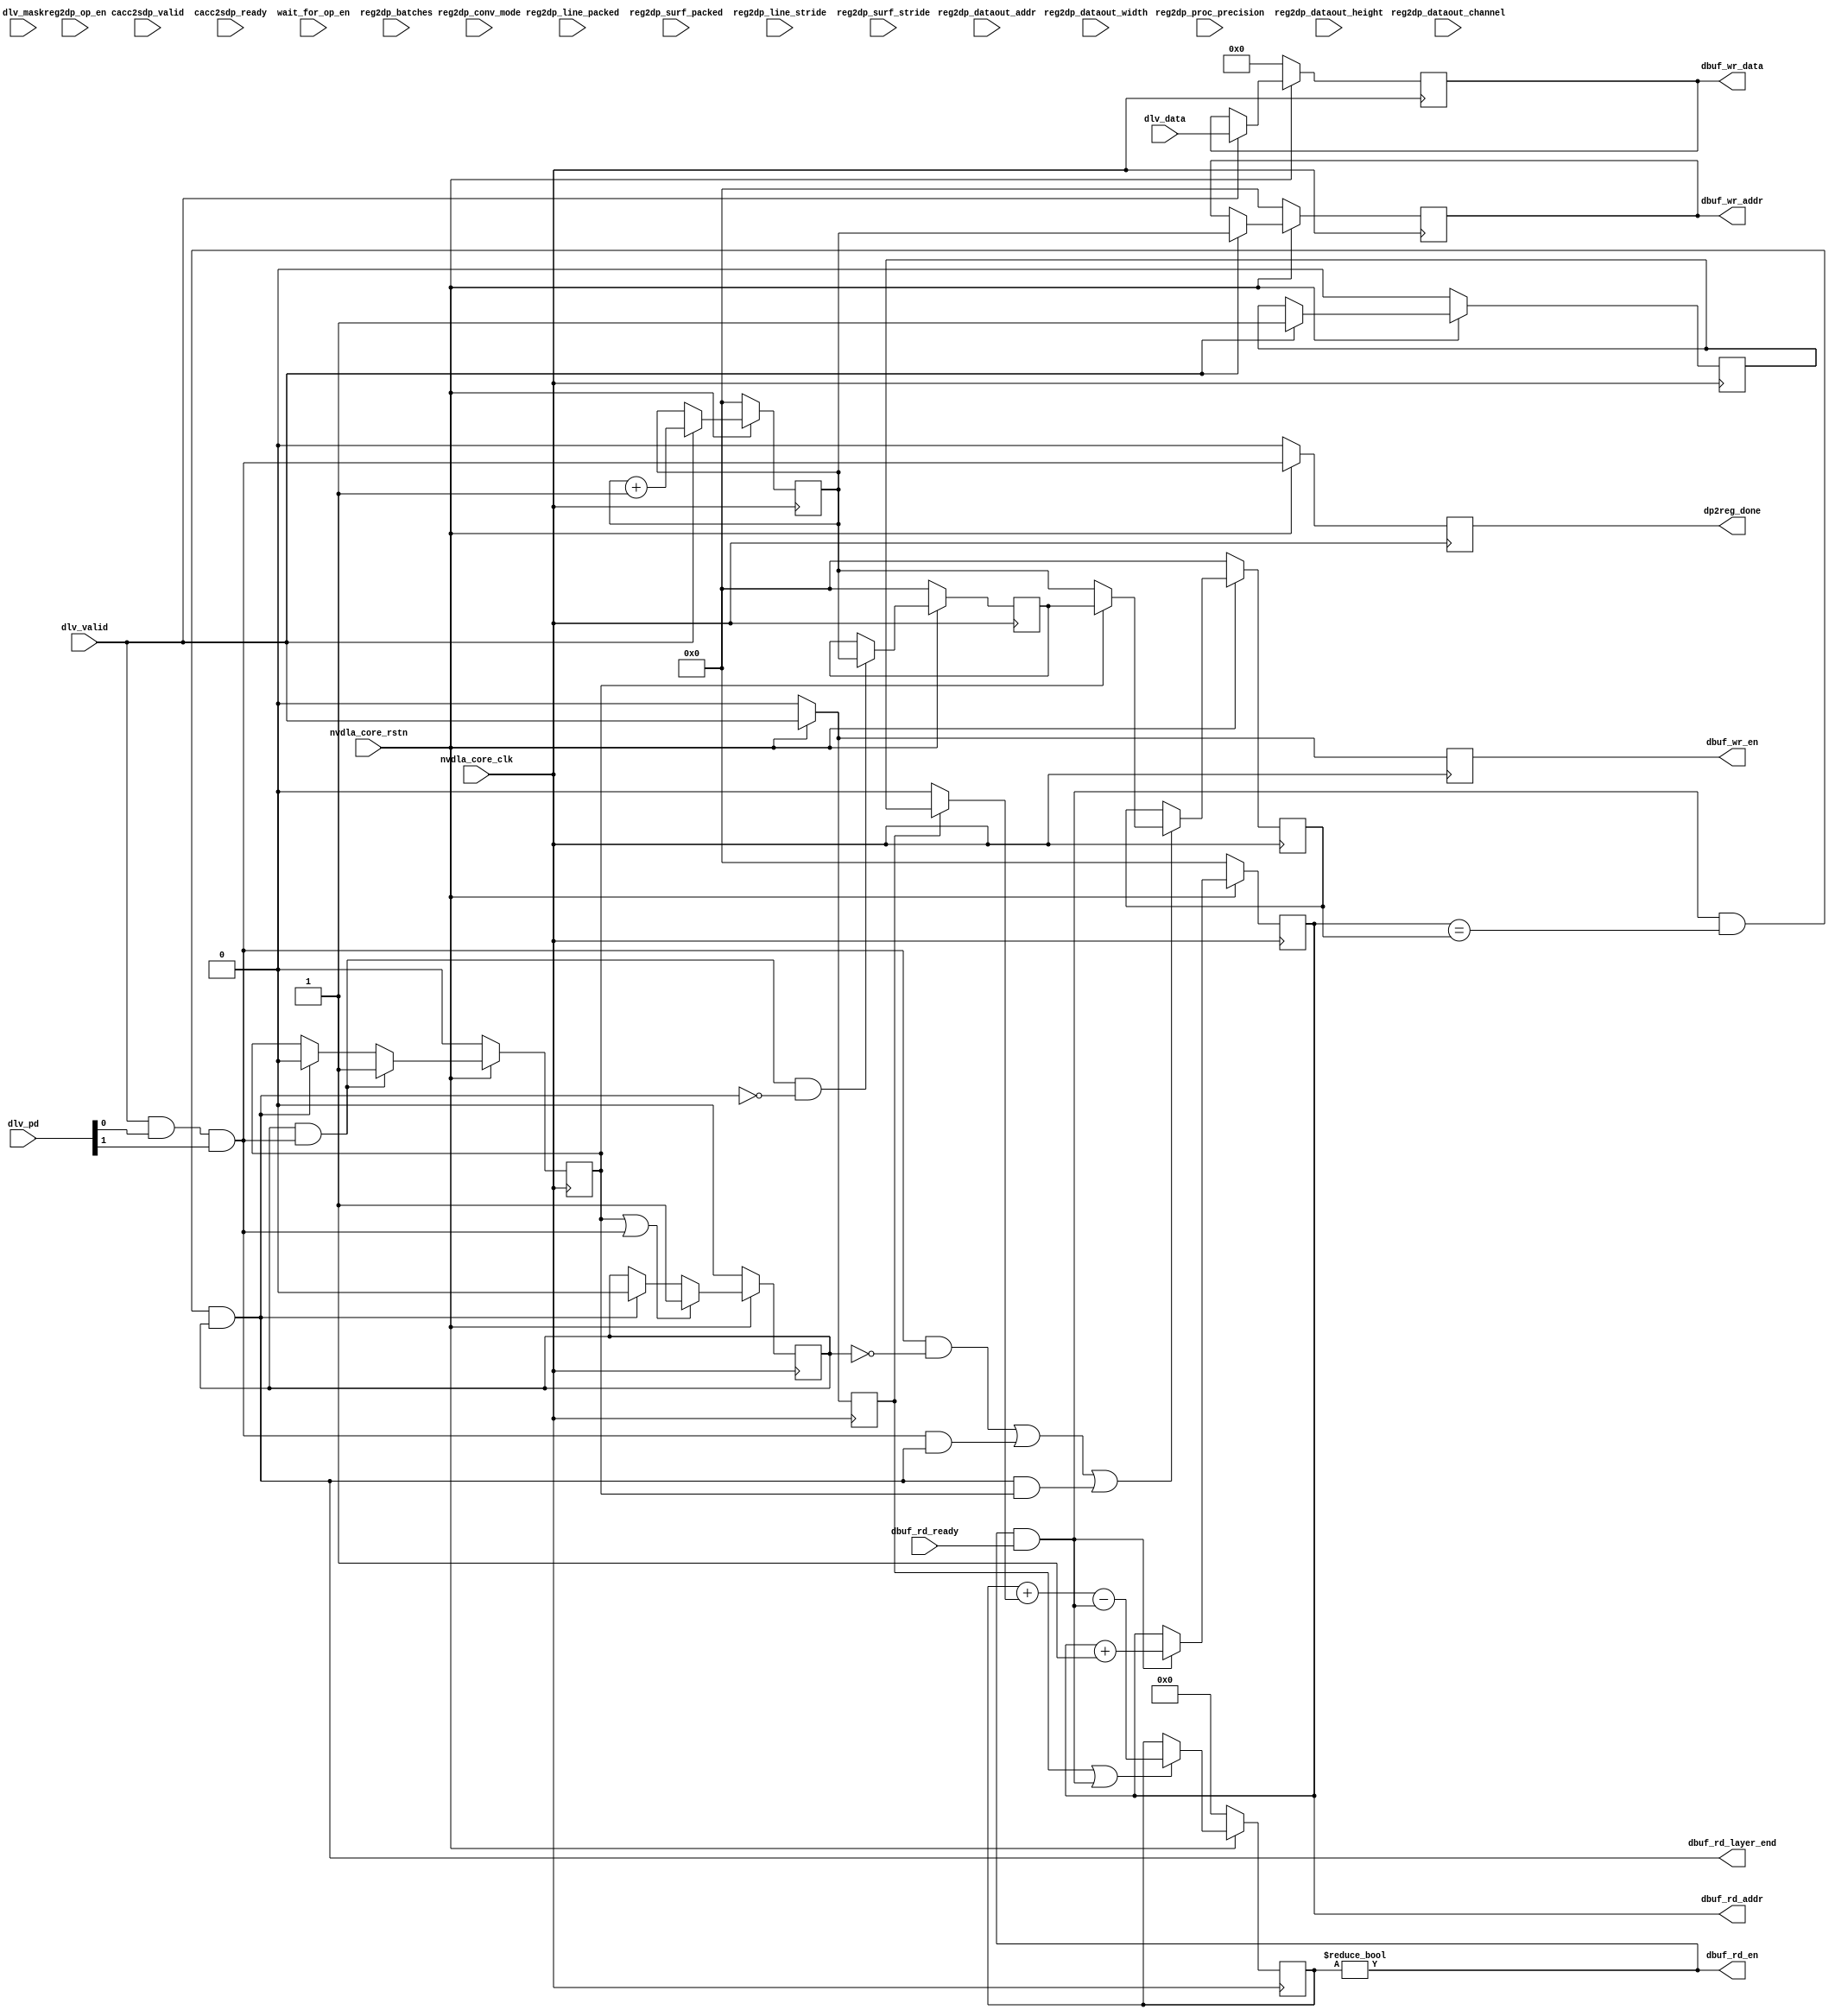
module NV_soDLA_CACC_delivery_ctrl_gate( // @[:@3.2]
  input           nvdla_core_clk, // @[:@6.4]
  input           nvdla_core_rstn, // @[:@6.4]

  input           cacc2sdp_valid, // add for check
  input           cacc2sdp_ready, // add for check

  input           dbuf_rd_ready, // @[:@6.4]
  output          dbuf_rd_en, // @[:@6.4]
  output [5:0]    dbuf_rd_addr, // @[:@6.4]
  output          dbuf_rd_layer_end, // @[:@6.4]
  output          dbuf_wr_en, // @[:@6.4]
  output [5:0]    dbuf_wr_addr, // @[:@6.4]
  output [1023:0] dbuf_wr_data, // @[:@6.4]
  output          dp2reg_done, // @[:@6.4]
  input  [1023:0] dlv_data, // @[:@6.4]
  input           dlv_mask, // @[:@6.4]
  input  [1:0]    dlv_pd, // @[:@6.4]
  input           dlv_valid, // @[:@6.4]
  input           wait_for_op_en, // @[:@6.4]
  input           reg2dp_op_en, // @[:@6.4]
  input           reg2dp_conv_mode, // @[:@6.4]
  input  [1:0]    reg2dp_proc_precision, // @[:@6.4]
  input  [12:0]   reg2dp_dataout_width, // @[:@6.4]
  input  [12:0]   reg2dp_dataout_height, // @[:@6.4]
  input  [12:0]   reg2dp_dataout_channel, // @[:@6.4]
  input  [26:0]   reg2dp_dataout_addr, // @[:@6.4]
  input           reg2dp_line_packed, // @[:@6.4]
  input           reg2dp_surf_packed, // @[:@6.4]
  input  [4:0]    reg2dp_batches, // @[:@6.4]
  input  [23:0]   reg2dp_line_stride, // @[:@6.4]
  input  [23:0]   reg2dp_surf_stride // @[:@6.4]
);
  wire  _T_60; // @[NV_soDLA_CACC_delivery_ctrl_gate.scala 70:38:@8.4]
  wire  dlv_stripe_end; // @[NV_soDLA_CACC_delivery_ctrl_gate.scala 75:31:@9.4]
  wire  dlv_layer_end; // @[NV_soDLA_CACC_delivery_ctrl_gate.scala 76:30:@10.4]
  reg [5:0] dbuf_wr_addr_pre; // @[NV_soDLA_CACC_delivery_ctrl_gate.scala 81:31:@11.4]
  reg [31:0] _RAND_0;
  reg [5:0] dbuf_wr_addr_out; // @[NV_soDLA_CACC_delivery_ctrl_gate.scala 82:31:@12.4]
  reg [31:0] _RAND_1;
  reg  dbuf_wr_en_out; // @[NV_soDLA_CACC_delivery_ctrl_gate.scala 83:29:@13.4]
  reg [31:0] _RAND_2;
  reg [1023:0] dbuf_wr_data_out; // @[NV_soDLA_CACC_delivery_ctrl_gate.scala 84:31:@14.4]
  reg [1023:0] _RAND_3;
  wire [6:0] _T_70; // @[NV_soDLA_CACC_delivery_ctrl_gate.scala 86:39:@15.4]
  wire [5:0] dbuf_wr_addr_w; // @[NV_soDLA_CACC_delivery_ctrl_gate.scala 86:39:@16.4]
  wire [5:0] _GEN_0; // @[NV_soDLA_CACC_delivery_ctrl_gate.scala 89:19:@18.4]
  wire [5:0] _GEN_1; // @[NV_soDLA_CACC_delivery_ctrl_gate.scala 89:19:@18.4]
  wire [1023:0] _GEN_2; // @[NV_soDLA_CACC_delivery_ctrl_gate.scala 89:19:@18.4]
  reg  dlv_data_add_valid; // @[NV_soDLA_CACC_delivery_ctrl_gate.scala 105:71:@27.4]
  reg [31:0] _RAND_4;
  reg  dlv_data_add_size; // @[NV_soDLA_CACC_delivery_ctrl_gate.scala 107:70:@29.4]
  reg [31:0] _RAND_5;
  wire  _GEN_3; // @[NV_soDLA_CACC_delivery_ctrl_gate.scala 114:30:@33.4]
  reg [63:0] dlv_data_avl; // @[NV_soDLA_CACC_delivery_ctrl_gate.scala 124:27:@37.4]
  reg [63:0] _RAND_6;
  wire  dlv_data_avl_add; // @[NV_soDLA_CACC_delivery_ctrl_gate.scala 126:27:@38.4]
  wire  dlv_pop; // @[NV_soDLA_CACC_delivery_ctrl_gate.scala 138:34:@50.4]
  wire [63:0] _GEN_8; // @[NV_soDLA_CACC_delivery_ctrl_gate.scala 129:35:@40.4]
  wire [64:0] _T_85; // @[NV_soDLA_CACC_delivery_ctrl_gate.scala 129:35:@40.4]
  wire [63:0] _T_86; // @[NV_soDLA_CACC_delivery_ctrl_gate.scala 129:35:@41.4]
  wire [63:0] _GEN_9; // @[NV_soDLA_CACC_delivery_ctrl_gate.scala 129:54:@42.4]
  wire [64:0] _T_87; // @[NV_soDLA_CACC_delivery_ctrl_gate.scala 129:54:@42.4]
  wire [64:0] _T_88; // @[NV_soDLA_CACC_delivery_ctrl_gate.scala 129:54:@43.4]
  wire [63:0] dlv_data_avl_w; // @[NV_soDLA_CACC_delivery_ctrl_gate.scala 129:54:@44.4]
  wire  _T_89; // @[NV_soDLA_CACC_delivery_ctrl_gate.scala 131:25:@45.4]
  wire [63:0] _GEN_4; // @[NV_soDLA_CACC_delivery_ctrl_gate.scala 131:46:@46.4]
  reg [5:0] dbuf_rd_addr_cnt; // @[NV_soDLA_CACC_delivery_ctrl_gate.scala 136:31:@49.4]
  reg [31:0] _RAND_7;
  wire [6:0] _T_94; // @[NV_soDLA_CACC_delivery_ctrl_gate.scala 139:45:@52.4]
  wire [5:0] dbuf_rd_addr_cnt_inc; // @[NV_soDLA_CACC_delivery_ctrl_gate.scala 139:45:@53.4]
  wire  _T_96; // @[NV_soDLA_CACC_delivery_ctrl_gate.scala 140:33:@54.4]
  wire  dbuf_empty; // @[NV_soDLA_CACC_delivery_ctrl_gate.scala 140:18:@55.4]
  wire [5:0] _GEN_5; // @[NV_soDLA_CACC_delivery_ctrl_gate.scala 144:14:@59.4]
  wire  _T_98; // @[NV_soDLA_CACC_delivery_ctrl_gate.scala 149:34:@62.4]
  wire  dp2reg_done_w; // @[NV_soDLA_CACC_delivery_ctrl_gate.scala 149:51:@63.4]
  reg  _T_101; // @[NV_soDLA_CACC_delivery_ctrl_gate.scala 150:26:@64.4]
  reg [31:0] _RAND_8;
  reg  dlv_end_tag0_vld; // @[NV_soDLA_CACC_delivery_ctrl_gate.scala 153:31:@67.4]
  reg [31:0] _RAND_9;
  reg  dlv_end_tag1_vld; // @[NV_soDLA_CACC_delivery_ctrl_gate.scala 154:31:@68.4]
  reg [31:0] _RAND_10;
  reg [5:0] dlv_end_tag0_addr; // @[NV_soDLA_CACC_delivery_ctrl_gate.scala 155:32:@69.4]
  reg [31:0] _RAND_11;
  reg [5:0] dlv_end_tag1_addr; // @[NV_soDLA_CACC_delivery_ctrl_gate.scala 156:32:@70.4]
  reg [31:0] _RAND_12;
  wire  _T_111; // @[NV_soDLA_CACC_delivery_ctrl_gate.scala 160:51:@73.4]
  wire  _T_112; // @[NV_soDLA_CACC_delivery_ctrl_gate.scala 160:27:@74.4]
  wire  dlv_end_clr; // @[NV_soDLA_CACC_delivery_ctrl_gate.scala 160:74:@75.4]
  wire  _T_113; // @[NV_soDLA_CACC_delivery_ctrl_gate.scala 161:47:@76.4]
  wire  _T_116; // @[NV_soDLA_CACC_delivery_ctrl_gate.scala 161:73:@77.4]
  wire  dlv_end_tag0_vld_w; // @[NV_soDLA_CACC_delivery_ctrl_gate.scala 161:29:@78.4]
  wire  _T_117; // @[NV_soDLA_CACC_delivery_ctrl_gate.scala 162:47:@79.4]
  wire  _T_120; // @[NV_soDLA_CACC_delivery_ctrl_gate.scala 162:73:@80.4]
  wire  dlv_end_tag1_vld_w; // @[NV_soDLA_CACC_delivery_ctrl_gate.scala 162:29:@81.4]
  wire  _T_121; // @[NV_soDLA_CACC_delivery_ctrl_gate.scala 163:38:@82.4]
  wire  _T_122; // @[NV_soDLA_CACC_delivery_ctrl_gate.scala 163:36:@83.4]
  wire  _T_123; // @[NV_soDLA_CACC_delivery_ctrl_gate.scala 163:72:@84.4]
  wire  _T_124; // @[NV_soDLA_CACC_delivery_ctrl_gate.scala 163:57:@85.4]
  wire  _T_125; // @[NV_soDLA_CACC_delivery_ctrl_gate.scala 163:101:@86.4]
  wire  dlv_end_tag0_en; // @[NV_soDLA_CACC_delivery_ctrl_gate.scala 163:87:@87.4]
  wire  _T_126; // @[NV_soDLA_CACC_delivery_ctrl_gate.scala 164:36:@88.4]
  wire  _T_127; // @[NV_soDLA_CACC_delivery_ctrl_gate.scala 164:57:@89.4]
  wire  dlv_end_tag1_en; // @[NV_soDLA_CACC_delivery_ctrl_gate.scala 164:55:@90.4]
  wire [5:0] dlv_end_tag0_addr_w; // @[NV_soDLA_CACC_delivery_ctrl_gate.scala 165:30:@91.4]
  wire [5:0] _GEN_6; // @[NV_soDLA_CACC_delivery_ctrl_gate.scala 171:22:@95.4]
  wire [5:0] _GEN_7; // @[NV_soDLA_CACC_delivery_ctrl_gate.scala 174:22:@98.4]
  assign _T_60 = nvdla_core_rstn == 1'h0; // @[NV_soDLA_CACC_delivery_ctrl_gate.scala 70:38:@8.4]
  assign dlv_stripe_end = dlv_pd[0]; // @[NV_soDLA_CACC_delivery_ctrl_gate.scala 75:31:@9.4]
  assign dlv_layer_end = dlv_pd[1]; // @[NV_soDLA_CACC_delivery_ctrl_gate.scala 76:30:@10.4]
  assign _T_70 = dbuf_wr_addr_pre + 6'h1; // @[NV_soDLA_CACC_delivery_ctrl_gate.scala 86:39:@15.4]
  assign dbuf_wr_addr_w = dbuf_wr_addr_pre + 6'h1; // @[NV_soDLA_CACC_delivery_ctrl_gate.scala 86:39:@16.4]
  assign _GEN_0 = dlv_valid ? dbuf_wr_addr_w : dbuf_wr_addr_pre; // @[NV_soDLA_CACC_delivery_ctrl_gate.scala 89:19:@18.4]
  assign _GEN_1 = dlv_valid ? dbuf_wr_addr_pre : dbuf_wr_addr_out; // @[NV_soDLA_CACC_delivery_ctrl_gate.scala 89:19:@18.4]
  assign _GEN_2 = dlv_valid ? dlv_data : dbuf_wr_data_out; // @[NV_soDLA_CACC_delivery_ctrl_gate.scala 89:19:@18.4]
  assign _GEN_3 = dlv_valid ? 1'h1 : dlv_data_add_size; // @[NV_soDLA_CACC_delivery_ctrl_gate.scala 114:30:@33.4]
  assign dlv_data_avl_add = dlv_data_add_valid ? dlv_data_add_size : 1'h0; // @[NV_soDLA_CACC_delivery_ctrl_gate.scala 126:27:@38.4]
  assign dlv_pop = dbuf_rd_en & dbuf_rd_ready; // @[NV_soDLA_CACC_delivery_ctrl_gate.scala 138:34:@50.4]
  assign _GEN_8 = {{63'd0}, dlv_data_avl_add}; // @[NV_soDLA_CACC_delivery_ctrl_gate.scala 129:35:@40.4]
  assign _T_85 = dlv_data_avl + _GEN_8; // @[NV_soDLA_CACC_delivery_ctrl_gate.scala 129:35:@40.4]
  assign _T_86 = dlv_data_avl + _GEN_8; // @[NV_soDLA_CACC_delivery_ctrl_gate.scala 129:35:@41.4]
  assign _GEN_9 = {{63'd0}, dlv_pop}; // @[NV_soDLA_CACC_delivery_ctrl_gate.scala 129:54:@42.4]
  assign _T_87 = _T_86 - _GEN_9; // @[NV_soDLA_CACC_delivery_ctrl_gate.scala 129:54:@42.4]
  assign _T_88 = $unsigned(_T_87); // @[NV_soDLA_CACC_delivery_ctrl_gate.scala 129:54:@43.4]
  assign dlv_data_avl_w = _T_88[63:0]; // @[NV_soDLA_CACC_delivery_ctrl_gate.scala 129:54:@44.4]
  assign _T_89 = dlv_data_add_valid | dlv_pop; // @[NV_soDLA_CACC_delivery_ctrl_gate.scala 131:25:@45.4]
  assign _GEN_4 = _T_89 ? dlv_data_avl_w : dlv_data_avl; // @[NV_soDLA_CACC_delivery_ctrl_gate.scala 131:46:@46.4]
  assign _T_94 = dbuf_rd_addr_cnt + 6'h1; // @[NV_soDLA_CACC_delivery_ctrl_gate.scala 139:45:@52.4]
  assign dbuf_rd_addr_cnt_inc = dbuf_rd_addr_cnt + 6'h1; // @[NV_soDLA_CACC_delivery_ctrl_gate.scala 139:45:@53.4]
  assign _T_96 = dlv_data_avl != 64'h0; // @[NV_soDLA_CACC_delivery_ctrl_gate.scala 140:33:@54.4]
  assign dbuf_empty = ~ _T_96; // @[NV_soDLA_CACC_delivery_ctrl_gate.scala 140:18:@55.4]
  assign _GEN_5 = dlv_pop ? dbuf_rd_addr_cnt_inc : dbuf_rd_addr_cnt; // @[NV_soDLA_CACC_delivery_ctrl_gate.scala 144:14:@59.4]
  assign _T_98 = dlv_valid & dlv_stripe_end; // @[NV_soDLA_CACC_delivery_ctrl_gate.scala 149:34:@62.4]
  assign dp2reg_done_w = _T_98 & dlv_layer_end; // @[NV_soDLA_CACC_delivery_ctrl_gate.scala 149:51:@63.4]
  assign _T_111 = dbuf_rd_addr == dlv_end_tag0_addr; // @[NV_soDLA_CACC_delivery_ctrl_gate.scala 160:51:@73.4]
  assign _T_112 = dlv_pop & _T_111; // @[NV_soDLA_CACC_delivery_ctrl_gate.scala 160:27:@74.4]
  assign dlv_end_clr = _T_112 & dlv_end_tag0_vld; // @[NV_soDLA_CACC_delivery_ctrl_gate.scala 160:74:@75.4]
  assign _T_113 = dlv_end_tag1_vld | dp2reg_done_w; // @[NV_soDLA_CACC_delivery_ctrl_gate.scala 161:47:@76.4]
  assign _T_116 = dlv_end_clr ? 1'h0 : dlv_end_tag0_vld; // @[NV_soDLA_CACC_delivery_ctrl_gate.scala 161:73:@77.4]
  assign dlv_end_tag0_vld_w = _T_113 ? 1'h1 : _T_116; // @[NV_soDLA_CACC_delivery_ctrl_gate.scala 161:29:@78.4]
  assign _T_117 = dlv_end_tag0_vld & dp2reg_done_w; // @[NV_soDLA_CACC_delivery_ctrl_gate.scala 162:47:@79.4]
  assign _T_120 = dlv_end_clr ? 1'h0 : dlv_end_tag1_vld; // @[NV_soDLA_CACC_delivery_ctrl_gate.scala 162:73:@80.4]
  assign dlv_end_tag1_vld_w = _T_117 ? 1'h1 : _T_120; // @[NV_soDLA_CACC_delivery_ctrl_gate.scala 162:29:@81.4]
  assign _T_121 = ~ dlv_end_tag0_vld; // @[NV_soDLA_CACC_delivery_ctrl_gate.scala 163:38:@82.4]
  assign _T_122 = dp2reg_done_w & _T_121; // @[NV_soDLA_CACC_delivery_ctrl_gate.scala 163:36:@83.4]
  assign _T_123 = dp2reg_done_w & dlv_end_clr; // @[NV_soDLA_CACC_delivery_ctrl_gate.scala 163:72:@84.4]
  assign _T_124 = _T_122 | _T_123; // @[NV_soDLA_CACC_delivery_ctrl_gate.scala 163:57:@85.4]
  assign _T_125 = dlv_end_clr & dlv_end_tag1_vld; // @[NV_soDLA_CACC_delivery_ctrl_gate.scala 163:101:@86.4]
  assign dlv_end_tag0_en = _T_124 | _T_125; // @[NV_soDLA_CACC_delivery_ctrl_gate.scala 163:87:@87.4]
  assign _T_126 = dp2reg_done_w & dlv_end_tag0_vld; // @[NV_soDLA_CACC_delivery_ctrl_gate.scala 164:36:@88.4]
  assign _T_127 = ~ dlv_end_clr; // @[NV_soDLA_CACC_delivery_ctrl_gate.scala 164:57:@89.4]
  assign dlv_end_tag1_en = _T_126 & _T_127; // @[NV_soDLA_CACC_delivery_ctrl_gate.scala 164:55:@90.4]
  assign dlv_end_tag0_addr_w = dlv_end_tag1_vld ? dlv_end_tag1_addr : dbuf_wr_addr_pre; // @[NV_soDLA_CACC_delivery_ctrl_gate.scala 165:30:@91.4]
  assign _GEN_6 = dlv_end_tag0_en ? dlv_end_tag0_addr_w : dlv_end_tag0_addr; // @[NV_soDLA_CACC_delivery_ctrl_gate.scala 171:22:@95.4]
  assign _GEN_7 = dlv_end_tag1_en ? dbuf_wr_addr_pre : dlv_end_tag1_addr; // @[NV_soDLA_CACC_delivery_ctrl_gate.scala 174:22:@98.4]
  assign dbuf_rd_en = ~ dbuf_empty; // @[NV_soDLA_CACC_delivery_ctrl_gate.scala 141:23:@57.4]
  assign dbuf_rd_addr = dbuf_rd_addr_cnt; // @[NV_soDLA_CACC_delivery_ctrl_gate.scala 142:22:@58.4]
  assign dbuf_rd_layer_end = _T_112 & dlv_end_tag0_vld; // @[NV_soDLA_CACC_delivery_ctrl_gate.scala 167:22:@92.4]
  assign dbuf_wr_en = dbuf_wr_en_out; // @[NV_soDLA_CACC_delivery_ctrl_gate.scala 95:23:@23.4]
  assign dbuf_wr_addr = dbuf_wr_addr_out; // @[NV_soDLA_CACC_delivery_ctrl_gate.scala 96:22:@24.4]
  assign dbuf_wr_data = dbuf_wr_data_out; // @[NV_soDLA_CACC_delivery_ctrl_gate.scala 97:17:@25.4]
  assign dp2reg_done = _T_101; // @[NV_soDLA_CACC_delivery_ctrl_gate.scala 150:16:@66.4]
`ifdef RANDOMIZE_GARBAGE_ASSIGN
`define RANDOMIZE
`endif
`ifdef RANDOMIZE_INVALID_ASSIGN
`define RANDOMIZE
`endif
`ifdef RANDOMIZE_REG_INIT
`define RANDOMIZE
`endif
`ifdef RANDOMIZE_MEM_INIT
`define RANDOMIZE
`endif
`ifndef RANDOM
`define RANDOM $random
`endif
`ifdef RANDOMIZE
  integer initvar;
  initial begin
    `ifdef INIT_RANDOM
      `INIT_RANDOM
    `endif
    `ifndef VERILATOR
      #0.002 begin end
    `endif
  `ifdef RANDOMIZE_REG_INIT
  _RAND_0 = {1{`RANDOM}};
  dbuf_wr_addr_pre = _RAND_0[5:0];
  `endif // RANDOMIZE_REG_INIT
  `ifdef RANDOMIZE_REG_INIT
  _RAND_1 = {1{`RANDOM}};
  dbuf_wr_addr_out = _RAND_1[5:0];
  `endif // RANDOMIZE_REG_INIT
  `ifdef RANDOMIZE_REG_INIT
  _RAND_2 = {1{`RANDOM}};
  dbuf_wr_en_out = _RAND_2[0:0];
  `endif // RANDOMIZE_REG_INIT
  `ifdef RANDOMIZE_REG_INIT
  _RAND_3 = {32{`RANDOM}};
  dbuf_wr_data_out = _RAND_3[1023:0];
  `endif // RANDOMIZE_REG_INIT
  `ifdef RANDOMIZE_REG_INIT
  _RAND_4 = {1{`RANDOM}};
  dlv_data_add_valid = _RAND_4[0:0];
  `endif // RANDOMIZE_REG_INIT
  `ifdef RANDOMIZE_REG_INIT
  _RAND_5 = {1{`RANDOM}};
  dlv_data_add_size = _RAND_5[0:0];
  `endif // RANDOMIZE_REG_INIT
  `ifdef RANDOMIZE_REG_INIT
  _RAND_6 = {2{`RANDOM}};
  dlv_data_avl = _RAND_6[63:0];
  `endif // RANDOMIZE_REG_INIT
  `ifdef RANDOMIZE_REG_INIT
  _RAND_7 = {1{`RANDOM}};
  dbuf_rd_addr_cnt = _RAND_7[5:0];
  `endif // RANDOMIZE_REG_INIT
  `ifdef RANDOMIZE_REG_INIT
  _RAND_8 = {1{`RANDOM}};
  _T_101 = _RAND_8[0:0];
  `endif // RANDOMIZE_REG_INIT
  `ifdef RANDOMIZE_REG_INIT
  _RAND_9 = {1{`RANDOM}};
  dlv_end_tag0_vld = _RAND_9[0:0];
  `endif // RANDOMIZE_REG_INIT
  `ifdef RANDOMIZE_REG_INIT
  _RAND_10 = {1{`RANDOM}};
  dlv_end_tag1_vld = _RAND_10[0:0];
  `endif // RANDOMIZE_REG_INIT
  `ifdef RANDOMIZE_REG_INIT
  _RAND_11 = {1{`RANDOM}};
  dlv_end_tag0_addr = _RAND_11[5:0];
  `endif // RANDOMIZE_REG_INIT
  `ifdef RANDOMIZE_REG_INIT
  _RAND_12 = {1{`RANDOM}};
  dlv_end_tag1_addr = _RAND_12[5:0];
  `endif // RANDOMIZE_REG_INIT
  end
`endif // RANDOMIZE
  always @(posedge nvdla_core_clk) begin
    if (_T_60) begin
      dbuf_wr_addr_pre <= 6'h0;
    end else begin
      if (dlv_valid) begin
        dbuf_wr_addr_pre <= dbuf_wr_addr_w;
      end
    end
    if (_T_60) begin
      dbuf_wr_addr_out <= 6'h0;
    end else begin
      if (dlv_valid) begin
        dbuf_wr_addr_out <= dbuf_wr_addr_pre;
      end
    end
    if (_T_60) begin
      dbuf_wr_en_out <= 1'h0;
    end else begin
      dbuf_wr_en_out <= dlv_valid;
    end
    if (_T_60) begin
      dbuf_wr_data_out <= 1024'h0;
    end else begin
      if (dlv_valid) begin
        dbuf_wr_data_out <= dlv_data;
      end
    end
    if (_T_60) begin
      dlv_data_add_valid <= 1'h0;
    end else begin
      dlv_data_add_valid <= dlv_valid;
    end
    if (_T_60) begin
      dlv_data_add_size <= 1'h0;
    end else begin
      if (dlv_valid) begin
        dlv_data_add_size <= 1'h1;
      end
    end
    if (_T_60) begin
      dlv_data_avl <= 64'h0;
    end else begin
      if (_T_89) begin
        dlv_data_avl <= dlv_data_avl_w;
      end
    end
    if (_T_60) begin
      dbuf_rd_addr_cnt <= 6'h0;
    end else begin
      if (dlv_pop) begin
        dbuf_rd_addr_cnt <= dbuf_rd_addr_cnt_inc;
      end
    end
    if (_T_60) begin
      _T_101 <= 1'h0;
    end else begin
      _T_101 <= dp2reg_done_w;
    end
    if (_T_60) begin
      dlv_end_tag0_vld <= 1'h0;
    end else begin
      if (_T_113) begin
        dlv_end_tag0_vld <= 1'h1;
      end else begin
        if (dlv_end_clr) begin
          dlv_end_tag0_vld <= 1'h0;
        end
      end
    end
    if (_T_60) begin
      dlv_end_tag1_vld <= 1'h0;
    end else begin
      if (_T_117) begin
        dlv_end_tag1_vld <= 1'h1;
      end else begin
        if (dlv_end_clr) begin
          dlv_end_tag1_vld <= 1'h0;
        end
      end
    end
    if (_T_60) begin
      dlv_end_tag0_addr <= 6'h0;
    end else begin
      if (dlv_end_tag0_en) begin
        if (dlv_end_tag1_vld) begin
          dlv_end_tag0_addr <= dlv_end_tag1_addr;
        end else begin
          dlv_end_tag0_addr <= dbuf_wr_addr_pre;
        end
      end
    end
    if (_T_60) begin
      dlv_end_tag1_addr <= 6'h0;
    end else begin
      if (dlv_end_tag1_en) begin
        dlv_end_tag1_addr <= dbuf_wr_addr_pre;
      end
    end
  end
endmodule


// ================================================================
// NVDLA Open Source Project
//
// Copyright(c) 2016 - 2017 NVIDIA Corporation. Licensed under the
// NVDLA Open Hardware License; Check "LICENSE" which comes with
// this distribution for more information.
// ================================================================
// ================================================================
// NVDLA Open Source Project
// 
// Copyright(c) 2016 - 2017 NVIDIA Corporation.  Licensed under the
// NVDLA Open Hardware License; Check "LICENSE" which comes with 
// this distribution for more information.
// ================================================================
module NV_NVDLA_CACC_delivery_ctrl (
   nvdla_core_clk
  ,nvdla_core_rstn
  ,cacc2sdp_ready
  ,cacc2sdp_valid
  ,dbuf_rd_ready
  ,dlv_data
  ,dlv_mask
  ,dlv_pd
  ,dlv_valid
  ,reg2dp_batches
  ,reg2dp_conv_mode
  ,reg2dp_dataout_addr
  ,reg2dp_dataout_channel
  ,reg2dp_dataout_height
  ,reg2dp_dataout_width
  ,reg2dp_line_packed
  ,reg2dp_line_stride
  ,reg2dp_op_en
  ,reg2dp_proc_precision
  ,reg2dp_surf_packed
  ,reg2dp_surf_stride
  ,wait_for_op_en
  ,dbuf_rd_addr
  ,dbuf_rd_en
  ,dbuf_rd_layer_end
  ,dbuf_wr_addr
  ,dbuf_wr_data
  ,dbuf_wr_en
  ,dp2reg_done
  );
input [0:0] reg2dp_op_en;
input [0:0] reg2dp_conv_mode;
input [1:0] reg2dp_proc_precision;
input [12:0] reg2dp_dataout_width;
input [12:0] reg2dp_dataout_height;
input [12:0] reg2dp_dataout_channel;
input [31-5:0] reg2dp_dataout_addr;
input [0:0] reg2dp_line_packed;
input [0:0] reg2dp_surf_packed;
input [4:0] reg2dp_batches;
input [23:0] reg2dp_line_stride;
input [23:0] reg2dp_surf_stride;
input nvdla_core_clk;
input nvdla_core_rstn;
input cacc2sdp_ready;
input cacc2sdp_valid;
input dbuf_rd_ready;
input[32*32 -1:0] dlv_data;
input dlv_mask;
input [1:0] dlv_pd;
input dlv_valid;
input wait_for_op_en;
output [5 +1 -1:0] dbuf_rd_addr;
output dbuf_rd_en;
output dbuf_rd_layer_end;
output [5 +1 -1:0] dbuf_wr_addr;
output [32*32 -1:0] dbuf_wr_data;
output dbuf_wr_en;
output dp2reg_done;
// spyglass disable_block NoWidthInBasedNum-ML
// spyglass disable_block STARC-2.10.1.6
//////////////////////////////////////////////////////////////
///// parse input status signal                          /////
//////////////////////////////////////////////////////////////
wire dlv_stripe_end = dlv_pd[0];
wire dlv_layer_end = dlv_pd[1];
//////////////////////////////////////////////////////////////
///// register input signal from regfile                 /////
//////////////////////////////////////////////////////////////
wire [12 -6:0] cur_channel_w = {reg2dp_dataout_channel[12 -1:5]} ;
//: my $kk = 12 -5;
//: my $aw = 32-5;
//: &eperl::flop(" -q  cur_op_en  -en wait_for_op_en & \"reg2dp_op_en\" -d  \"reg2dp_op_en\" -clk nvdla_core_clk -rst nvdla_core_rstn -rval 0");
//: &eperl::flop(" -q  cur_conv_mode  -en \"wait_for_op_en & reg2dp_op_en\" -d  \"reg2dp_conv_mode\" -clk nvdla_core_clk -rst nvdla_core_rstn -rval 0");
//: &eperl::flop("-wid 2 -q  cur_proc_precision  -en \"wait_for_op_en & reg2dp_op_en\" -d  \"reg2dp_proc_precision\" -clk nvdla_core_clk -rst nvdla_core_rstn -rval 0");
//: &eperl::flop("-wid 13 -q  cur_width  -en \"wait_for_op_en & reg2dp_op_en\" -d  \"reg2dp_dataout_width\" -clk nvdla_core_clk -rst nvdla_core_rstn -rval 0");
//: &eperl::flop("-wid 13 -q  cur_height  -en \"wait_for_op_en & reg2dp_op_en\" -d  \"reg2dp_dataout_height\" -clk nvdla_core_clk -rst nvdla_core_rstn -rval 0");
//: &eperl::flop("-wid ${kk} -q  cur_channel  -en \"wait_for_op_en & reg2dp_op_en\" -d  \"cur_channel_w\" -clk nvdla_core_clk -rst nvdla_core_rstn -rval 0");
//: &eperl::flop("-wid $aw -q  cur_dataout_addr  -en \"wait_for_op_en & reg2dp_op_en\" -d  \"reg2dp_dataout_addr\" -clk nvdla_core_clk -rst nvdla_core_rstn -rval 0");
//: &eperl::flop("-wid 5 -q  cur_batches  -en \"wait_for_op_en & reg2dp_op_en\" -d  \"reg2dp_batches\" -clk nvdla_core_clk -rst nvdla_core_rstn -rval 0");
//: &eperl::flop("-wid 24 -q  cur_line_stride  -en \"wait_for_op_en & reg2dp_op_en\" -d  \"reg2dp_line_stride\" -clk nvdla_core_clk -rst nvdla_core_rstn -rval 0");
//: &eperl::flop("-wid 24 -q  cur_surf_stride  -en \"wait_for_op_en & reg2dp_op_en\" -d  \"reg2dp_surf_stride\" -clk nvdla_core_clk -rst nvdla_core_rstn -rval 0");
//: &eperl::flop(" -q  cur_line_packed  -en \"wait_for_op_en & reg2dp_op_en\" -d  \"reg2dp_line_packed\" -clk nvdla_core_clk -rst nvdla_core_rstn -rval 0");
//: &eperl::flop(" -q  cur_surf_packed  -en \"wait_for_op_en & reg2dp_op_en\" -d  \"reg2dp_surf_packed\" -clk nvdla_core_clk -rst nvdla_core_rstn -rval 0");
//| eperl: generated_beg (DO NOT EDIT BELOW)
reg  cur_op_en;
always @(posedge nvdla_core_clk) begin
   if (!nvdla_core_rstn) begin
       cur_op_en <= 'b0;
   end else begin
       if ((wait_for_op_en) == 1'b1) begin
           cur_op_en <= reg2dp_op_en;
       // VCS coverage off
       end else if ((wait_for_op_en) == 1'b0) begin
       end else begin
           cur_op_en <= 'bx;
       // VCS coverage on
       end
   end
end
reg  cur_conv_mode;
always @(posedge nvdla_core_clk) begin
   if (!nvdla_core_rstn) begin
       cur_conv_mode <= 'b0;
   end else begin
       if ((wait_for_op_en & reg2dp_op_en) == 1'b1) begin
           cur_conv_mode <= reg2dp_conv_mode;
       // VCS coverage off
       end else if ((wait_for_op_en & reg2dp_op_en) == 1'b0) begin
       end else begin
           cur_conv_mode <= 'bx;
       // VCS coverage on
       end
   end
end
reg [1:0] cur_proc_precision;
always @(posedge nvdla_core_clk) begin
   if (!nvdla_core_rstn) begin
       cur_proc_precision <= 'b0;
   end else begin
       if ((wait_for_op_en & reg2dp_op_en) == 1'b1) begin
           cur_proc_precision <= reg2dp_proc_precision;
       // VCS coverage off
       end else if ((wait_for_op_en & reg2dp_op_en) == 1'b0) begin
       end else begin
           cur_proc_precision <= 'bx;
       // VCS coverage on
       end
   end
end
reg [12:0] cur_width;
always @(posedge nvdla_core_clk) begin
   if (!nvdla_core_rstn) begin
       cur_width <= 'b0;
   end else begin
       if ((wait_for_op_en & reg2dp_op_en) == 1'b1) begin
           cur_width <= reg2dp_dataout_width;
       // VCS coverage off
       end else if ((wait_for_op_en & reg2dp_op_en) == 1'b0) begin
       end else begin
           cur_width <= 'bx;
       // VCS coverage on
       end
   end
end
reg [12:0] cur_height;
always @(posedge nvdla_core_clk) begin
   if (!nvdla_core_rstn) begin
       cur_height <= 'b0;
   end else begin
       if ((wait_for_op_en & reg2dp_op_en) == 1'b1) begin
           cur_height <= reg2dp_dataout_height;
       // VCS coverage off
       end else if ((wait_for_op_en & reg2dp_op_en) == 1'b0) begin
       end else begin
           cur_height <= 'bx;
       // VCS coverage on
       end
   end
end
reg [6:0] cur_channel;
always @(posedge nvdla_core_clk) begin
   if (!nvdla_core_rstn) begin
       cur_channel <= 'b0;
   end else begin
       if ((wait_for_op_en & reg2dp_op_en) == 1'b1) begin
           cur_channel <= cur_channel_w;
       // VCS coverage off
       end else if ((wait_for_op_en & reg2dp_op_en) == 1'b0) begin
       end else begin
           cur_channel <= 'bx;
       // VCS coverage on
       end
   end
end
reg [26:0] cur_dataout_addr;
always @(posedge nvdla_core_clk) begin
   if (!nvdla_core_rstn) begin
       cur_dataout_addr <= 'b0;
   end else begin
       if ((wait_for_op_en & reg2dp_op_en) == 1'b1) begin
           cur_dataout_addr <= reg2dp_dataout_addr;
       // VCS coverage off
       end else if ((wait_for_op_en & reg2dp_op_en) == 1'b0) begin
       end else begin
           cur_dataout_addr <= 'bx;
       // VCS coverage on
       end
   end
end
reg [4:0] cur_batches;
always @(posedge nvdla_core_clk) begin
   if (!nvdla_core_rstn) begin
       cur_batches <= 'b0;
   end else begin
       if ((wait_for_op_en & reg2dp_op_en) == 1'b1) begin
           cur_batches <= reg2dp_batches;
       // VCS coverage off
       end else if ((wait_for_op_en & reg2dp_op_en) == 1'b0) begin
       end else begin
           cur_batches <= 'bx;
       // VCS coverage on
       end
   end
end
reg [23:0] cur_line_stride;
always @(posedge nvdla_core_clk) begin
   if (!nvdla_core_rstn) begin
       cur_line_stride <= 'b0;
   end else begin
       if ((wait_for_op_en & reg2dp_op_en) == 1'b1) begin
           cur_line_stride <= reg2dp_line_stride;
       // VCS coverage off
       end else if ((wait_for_op_en & reg2dp_op_en) == 1'b0) begin
       end else begin
           cur_line_stride <= 'bx;
       // VCS coverage on
       end
   end
end
reg [23:0] cur_surf_stride;
always @(posedge nvdla_core_clk) begin
   if (!nvdla_core_rstn) begin
       cur_surf_stride <= 'b0;
   end else begin
       if ((wait_for_op_en & reg2dp_op_en) == 1'b1) begin
           cur_surf_stride <= reg2dp_surf_stride;
       // VCS coverage off
       end else if ((wait_for_op_en & reg2dp_op_en) == 1'b0) begin
       end else begin
           cur_surf_stride <= 'bx;
       // VCS coverage on
       end
   end
end
reg  cur_line_packed;
always @(posedge nvdla_core_clk) begin
   if (!nvdla_core_rstn) begin
       cur_line_packed <= 'b0;
   end else begin
       if ((wait_for_op_en & reg2dp_op_en) == 1'b1) begin
           cur_line_packed <= reg2dp_line_packed;
       // VCS coverage off
       end else if ((wait_for_op_en & reg2dp_op_en) == 1'b0) begin
       end else begin
           cur_line_packed <= 'bx;
       // VCS coverage on
       end
   end
end
reg  cur_surf_packed;
always @(posedge nvdla_core_clk) begin
   if (!nvdla_core_rstn) begin
       cur_surf_packed <= 'b0;
   end else begin
       if ((wait_for_op_en & reg2dp_op_en) == 1'b1) begin
           cur_surf_packed <= reg2dp_surf_packed;
       // VCS coverage off
       end else if ((wait_for_op_en & reg2dp_op_en) == 1'b0) begin
       end else begin
           cur_surf_packed <= 'bx;
       // VCS coverage on
       end
   end
end

//| eperl: generated_end (DO NOT EDIT ABOVE)
//////////////////////////////////////////////////////////////
///// generate current status signals                    /////
//////////////////////////////////////////////////////////////
wire is_int8_w = (reg2dp_proc_precision == 2'h0);
wire is_int8 = (cur_proc_precision == 2'h0);
wire is_winograd = 1'b0;
//////////////////////////////////////////////////////////////
///// generate write signal, 1 pipe for write data
//////////////////////////////////////////////////////////////
wire dbuf_wr_en_w = dlv_valid;
wire [32*32 -1:0] dbuf_wr_data_w = dlv_data;
reg [5 +1 -1:0] dbuf_wr_addr_pre;
reg [5 +1 -1:0] dbuf_wr_addr;
wire [5 +1 -1:0] dbuf_wr_addr_w;
wire mon_dbuf_wr_addr_w;
assign {mon_dbuf_wr_addr_w, dbuf_wr_addr_w} = dbuf_wr_addr_pre + 1'b1;
//: my $kk=32*32;
//: &eperl::flop("-nodeclare -q  dbuf_wr_addr_pre  -en \"dlv_valid\" -d  \"dbuf_wr_addr_w\" -clk nvdla_core_clk -rst nvdla_core_rstn -rval 0");
//: &eperl::flop("-nodeclare -q  dbuf_wr_addr  -en \"dlv_valid\" -d  \"dbuf_wr_addr_pre\" -clk nvdla_core_clk -rst nvdla_core_rstn -rval 0");
//: &eperl::flop(" -q  dbuf_wr_en -d  \"dbuf_wr_en_w\" -clk nvdla_core_clk -rst nvdla_core_rstn -rval 0");
//: &eperl::flop("-wid ${kk} -q  dbuf_wr_data  -en \"dbuf_wr_en_w\" -d  \"dbuf_wr_data_w\" -clk nvdla_core_clk -rst nvdla_core_rstn");
//| eperl: generated_beg (DO NOT EDIT BELOW)
always @(posedge nvdla_core_clk) begin
   if (!nvdla_core_rstn) begin
       dbuf_wr_addr_pre <= 'b0;
   end else begin
       if ((dlv_valid) == 1'b1) begin
           dbuf_wr_addr_pre <= dbuf_wr_addr_w;
       // VCS coverage off
       end else if ((dlv_valid) == 1'b0) begin
       end else begin
           dbuf_wr_addr_pre <= 'bx;
       // VCS coverage on
       end
   end
end
always @(posedge nvdla_core_clk) begin
   if (!nvdla_core_rstn) begin
       dbuf_wr_addr <= 'b0;
   end else begin
       if ((dlv_valid) == 1'b1) begin
           dbuf_wr_addr <= dbuf_wr_addr_pre;
       // VCS coverage off
       end else if ((dlv_valid) == 1'b0) begin
       end else begin
           dbuf_wr_addr <= 'bx;
       // VCS coverage on
       end
   end
end
reg  dbuf_wr_en;
always @(posedge nvdla_core_clk) begin
   if (!nvdla_core_rstn) begin
       dbuf_wr_en <= 'b0;
   end else begin
       dbuf_wr_en <= dbuf_wr_en_w;
   end
end
reg [1023:0] dbuf_wr_data;
always @(posedge nvdla_core_clk) begin
   if (!nvdla_core_rstn) begin
       dbuf_wr_data <= 'b0;
   end else begin
       if ((dbuf_wr_en_w) == 1'b1) begin
           dbuf_wr_data <= dbuf_wr_data_w;
       // VCS coverage off
       end else if ((dbuf_wr_en_w) == 1'b0) begin
       end else begin
           dbuf_wr_data <= 'bx;
       // VCS coverage on
       end
   end
end

//| eperl: generated_end (DO NOT EDIT ABOVE)
///// generate stored data size, add delay for write, due to ecc,could set 0 currently.
wire dlv_push_valid = dlv_valid;
wire dlv_push_size = 1'b1;
//: my $latency = 1;
//: print "wire dlv_push_valid_d0 = dlv_push_valid;\n";
//: print "wire dlv_push_size_d0 = dlv_push_size;\n";
//:
//: for(my $i = 0; $i < $latency; $i ++) {
//: my $j = $i + 1;
//: &eperl::flop(" -q  dlv_push_valid_d${j}  -d \"dlv_push_valid_d${i}\" -clk nvdla_core_clk -rst nvdla_core_rstn -rval 0");
//: &eperl::flop(" -q  dlv_push_size_d${j}  -en \"dlv_push_valid_d${i}\" -d  \"dlv_push_size_d${i}\" -clk nvdla_core_clk -rst nvdla_core_rstn -rval 0");
//: }
//:
//: print "wire dlv_data_add_valid = dlv_push_valid_d${latency};\n";
//: print "wire dlv_data_add_size = dlv_push_size_d${latency};\n";
//| eperl: generated_beg (DO NOT EDIT BELOW)
wire dlv_push_valid_d0 = dlv_push_valid;
wire dlv_push_size_d0 = dlv_push_size;
reg  dlv_push_valid_d1;
always @(posedge nvdla_core_clk) begin
   if (!nvdla_core_rstn) begin
       dlv_push_valid_d1 <= 'b0;
   end else begin
       dlv_push_valid_d1 <= dlv_push_valid_d0;
   end
end
reg  dlv_push_size_d1;
always @(posedge nvdla_core_clk) begin
   if (!nvdla_core_rstn) begin
       dlv_push_size_d1 <= 'b0;
   end else begin
       if ((dlv_push_valid_d0) == 1'b1) begin
           dlv_push_size_d1 <= dlv_push_size_d0;
       // VCS coverage off
       end else if ((dlv_push_valid_d0) == 1'b0) begin
       end else begin
           dlv_push_size_d1 <= 'bx;
       // VCS coverage on
       end
   end
end
wire dlv_data_add_valid = dlv_push_valid_d1;
wire dlv_data_add_size = dlv_push_size_d1;

//| eperl: generated_end (DO NOT EDIT ABOVE)
//// dbuffer data counter 
wire dlv_pop;
wire [32*2 -1:0] dlv_data_avl_w;
wire mon_dlv_data_avl_w;
reg [32*2 -1:0] dlv_data_avl;
wire dlv_data_avl_add = dlv_data_add_valid ? dlv_data_add_size : 1'h0;
wire dlv_data_avl_sub = dlv_pop ? 1'b1 : 1'b0;
wire dlv_data_sub_valid = dlv_pop;
assign {mon_dlv_data_avl_w,dlv_data_avl_w} = dlv_data_avl + dlv_data_avl_add - dlv_data_avl_sub;
//: my $kk=32*2;
//: &eperl::flop("-nodeclare -wid ${kk} -q  dlv_data_avl  -en \"dlv_data_add_valid | dlv_data_sub_valid\" -d  \"dlv_data_avl_w\" -clk nvdla_core_clk -rst nvdla_core_rstn -rval 0");
//| eperl: generated_beg (DO NOT EDIT BELOW)
always @(posedge nvdla_core_clk) begin
   if (!nvdla_core_rstn) begin
       dlv_data_avl <= 'b0;
   end else begin
       if ((dlv_data_add_valid | dlv_data_sub_valid) == 1'b1) begin
           dlv_data_avl <= dlv_data_avl_w;
       // VCS coverage off
       end else if ((dlv_data_add_valid | dlv_data_sub_valid) == 1'b0) begin
       end else begin
           dlv_data_avl <= 'bx;
       // VCS coverage on
       end
   end
end

//| eperl: generated_end (DO NOT EDIT ABOVE)
///// generate dbuf read request                
reg [5 +1 -1:0] dbuf_rd_addr_cnt;
wire [5 +1 -1:0] dbuf_rd_addr_cnt_inc;
wire mon_dbuf_rd_addr_cnt_inc;
assign dlv_pop = dbuf_rd_en & dbuf_rd_ready;
assign {mon_dbuf_rd_addr_cnt_inc,dbuf_rd_addr_cnt_inc} = dbuf_rd_addr_cnt + 1'b1;
wire dbuf_empty = ~(|dlv_data_avl);
assign dbuf_rd_en = ~dbuf_empty;
assign dbuf_rd_addr = dbuf_rd_addr_cnt;
//: &eperl::flop("-nodeclare -q  dbuf_rd_addr_cnt  -en \"dlv_pop\" -d  \"dbuf_rd_addr_cnt_inc\" -clk nvdla_core_clk -rst nvdla_core_rstn -rval 0");
//| eperl: generated_beg (DO NOT EDIT BELOW)
always @(posedge nvdla_core_clk) begin
   if (!nvdla_core_rstn) begin
       dbuf_rd_addr_cnt <= 'b0;
   end else begin
       if ((dlv_pop) == 1'b1) begin
           dbuf_rd_addr_cnt <= dbuf_rd_addr_cnt_inc;
       // VCS coverage off
       end else if ((dlv_pop) == 1'b0) begin
       end else begin
           dbuf_rd_addr_cnt <= 'bx;
       // VCS coverage on
       end
   end
end

//| eperl: generated_end (DO NOT EDIT ABOVE)
/////// generate dp2reg_done signal
wire dp2reg_done_w = dlv_valid & dlv_stripe_end & dlv_layer_end;
//: &eperl::flop(" -q  dp2reg_done  -d \"dp2reg_done_w\" -clk nvdla_core_clk -rst nvdla_core_rstn -rval 0");
//| eperl: generated_beg (DO NOT EDIT BELOW)
reg  dp2reg_done;
always @(posedge nvdla_core_clk) begin
   if (!nvdla_core_rstn) begin
       dp2reg_done <= 'b0;
   end else begin
       dp2reg_done <= dp2reg_done_w;
   end
end

//| eperl: generated_end (DO NOT EDIT ABOVE)
/////// generate output package for sdp             
reg [5 +1 -1:0] dlv_end_tag0_addr;
reg [5 +1 -1:0] dlv_end_tag1_addr;
reg dlv_end_tag0_vld;
reg dlv_end_tag1_vld;
wire dlv_end_set = dlv_valid & dlv_stripe_end & dlv_layer_end;
wire [5 +1 -1:0] dlv_end_addr_w = dbuf_wr_addr_pre;
wire dlv_end_clr = dlv_pop & (dbuf_rd_addr == dlv_end_tag0_addr) & dlv_end_tag0_vld;
wire dlv_end_tag0_vld_w = (dlv_end_tag1_vld | dlv_end_set) ? 1'b1 : dlv_end_clr ? 1'b0 : dlv_end_tag0_vld;
wire dlv_end_tag1_vld_w = (dlv_end_tag0_vld & dlv_end_set) ? 1'b1 : dlv_end_clr ? 1'b0 : dlv_end_tag1_vld;
wire dlv_end_tag0_en = (dlv_end_set & ~dlv_end_tag0_vld) | (dlv_end_set & dlv_end_clr) |(dlv_end_clr & dlv_end_tag1_vld);
wire dlv_end_tag1_en = (dlv_end_set & dlv_end_tag0_vld & ~dlv_end_clr);
wire [5 +1 -1:0] dlv_end_tag0_addr_w = dlv_end_tag1_vld ? dlv_end_tag1_addr : dlv_end_addr_w;
wire [5 +1 -1:0] dlv_end_tag1_addr_w = dlv_end_addr_w;
wire dbuf_rd_layer_end = dlv_end_clr;
//: &eperl::flop("-nodeclare -q  dlv_end_tag0_vld  -d \"dlv_end_tag0_vld_w\" -clk nvdla_core_clk -rst nvdla_core_rstn -rval 0");
//: &eperl::flop("-nodeclare -q  dlv_end_tag1_vld  -d \"dlv_end_tag1_vld_w\" -clk nvdla_core_clk -rst nvdla_core_rstn -rval 0");
//: &eperl::flop("-nodeclare -q  dlv_end_tag0_addr  -en \"dlv_end_tag0_en\" -d  \"dlv_end_tag0_addr_w\" -clk nvdla_core_clk -rst nvdla_core_rstn -rval 0");
//: &eperl::flop("-nodeclare -q  dlv_end_tag1_addr  -en \"dlv_end_tag1_en\" -d  \"dlv_end_tag1_addr_w\" -clk nvdla_core_clk -rst nvdla_core_rstn -rval 0");
//| eperl: generated_beg (DO NOT EDIT BELOW)
always @(posedge nvdla_core_clk) begin
   if (!nvdla_core_rstn) begin
       dlv_end_tag0_vld <= 'b0;
   end else begin
       dlv_end_tag0_vld <= dlv_end_tag0_vld_w;
   end
end
always @(posedge nvdla_core_clk) begin
   if (!nvdla_core_rstn) begin
       dlv_end_tag1_vld <= 'b0;
   end else begin
       dlv_end_tag1_vld <= dlv_end_tag1_vld_w;
   end
end
always @(posedge nvdla_core_clk) begin
   if (!nvdla_core_rstn) begin
       dlv_end_tag0_addr <= 'b0;
   end else begin
       if ((dlv_end_tag0_en) == 1'b1) begin
           dlv_end_tag0_addr <= dlv_end_tag0_addr_w;
       // VCS coverage off
       end else if ((dlv_end_tag0_en) == 1'b0) begin
       end else begin
           dlv_end_tag0_addr <= 'bx;
       // VCS coverage on
       end
   end
end
always @(posedge nvdla_core_clk) begin
   if (!nvdla_core_rstn) begin
       dlv_end_tag1_addr <= 'b0;
   end else begin
       if ((dlv_end_tag1_en) == 1'b1) begin
           dlv_end_tag1_addr <= dlv_end_tag1_addr_w;
       // VCS coverage off
       end else if ((dlv_end_tag1_en) == 1'b0) begin
       end else begin
           dlv_end_tag1_addr <= 'bx;
       // VCS coverage on
       end
   end
end

//| eperl: generated_end (DO NOT EDIT ABOVE)
// spyglass enable_block NoWidthInBasedNum-ML
// spyglass enable_block STARC-2.10.1.6
endmodule